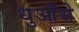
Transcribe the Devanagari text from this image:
धुआँसे